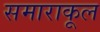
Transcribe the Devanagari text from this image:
समाराकूल